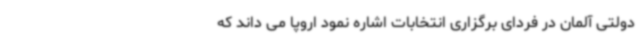
دولتی آلمان در فردای برگزاری انتخابات اشاره نمود اروپا می داند که